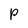
Character: p